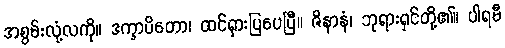
အစွမ်းလုံ့လကို။ ဒက္ခာပိတော၊ ထင်ရှားပြပေပြီ။ ဇိနာနံ၊ ဘုရားရှင်တို့၏။ ပါရမီ